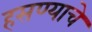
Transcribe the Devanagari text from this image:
हसण्याचे